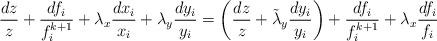
LaTeX: \begin{align*}\frac{dz}{z}+\frac{df_i}{f_i^{k+1}}+\lambda_x\frac{dx_i}{x_i}+\lambda_y\frac{dy_i}{y_i}=\left(\frac{dz}{z}+\tilde\lambda_y\frac{dy_i}{y_i}\right)+\frac{df_i}{f_i^{k+1}}+\lambda_x\frac{df_i}{f_i}\end{align*}